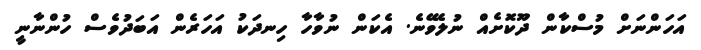
އަހަންނަށް މުސްކާން ދޫކޮށެއް ނުލެވޭނެ. އެކަން ނުވާހާ ހިނދަކު އަހަރެން އަބަދުވެސް ހުންނާނީ